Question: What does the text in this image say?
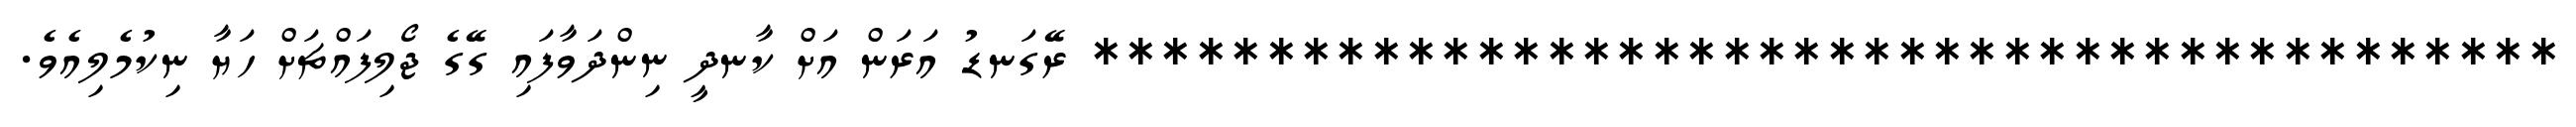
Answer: ****************************************** ރޭގަނޑު އަރަން އަށް ކާނދީ ނިންދަވާފައި ގޭގެ ޖޯލިފައްޗަށް ހަޔާ ނިކުމެލިއެވެ.